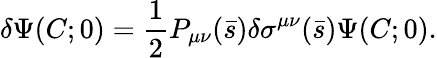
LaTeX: \delta\Psi(C;0)={\frac{1}{2}}P_{\mu\nu}(\bar{s})\delta\sigma^{\mu\nu}(\bar{s})\Psi(C;0).